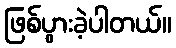
ဖြစ်ပွားခဲ့ပါတယ်။